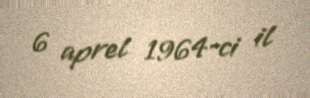
6 aprel 1964-ci il